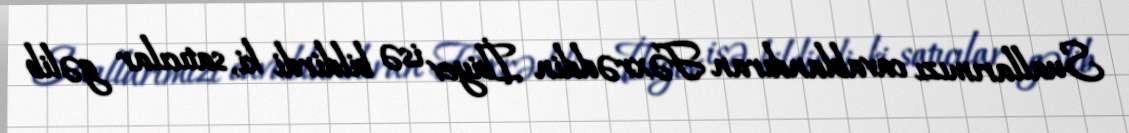
Suallarımızı cavablandıran Fəxrəddin İbiyev isə bildirdi ki, satıcılar gəlib